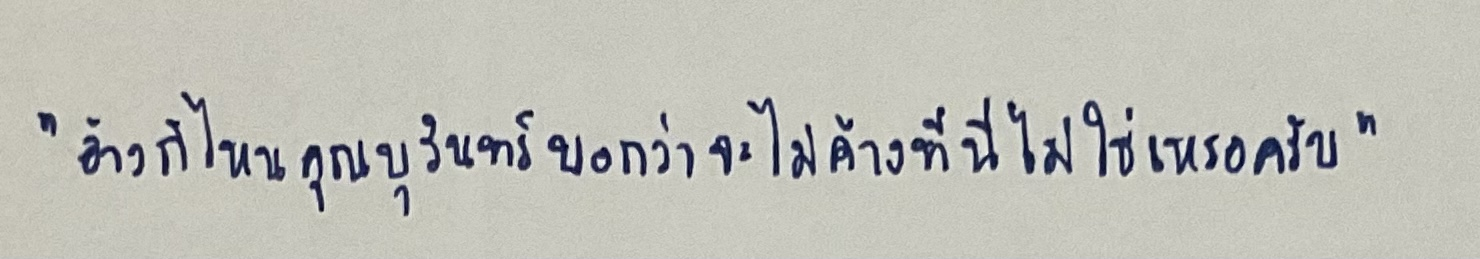
"อ้าวก็ไหนคุณบุรินทร์บอกว่าจะไม่ค้างที่นี้ไม่ใช่เหรอครับ"